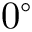
0 ^ { \circ }